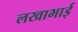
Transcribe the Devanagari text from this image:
लखाभाई